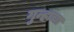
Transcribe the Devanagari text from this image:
गुन्हाचा